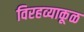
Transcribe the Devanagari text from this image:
विरहव्याकूळ